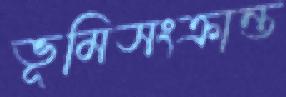
ভূমিসংক্রান্ত